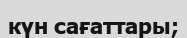
күн сағаттары;